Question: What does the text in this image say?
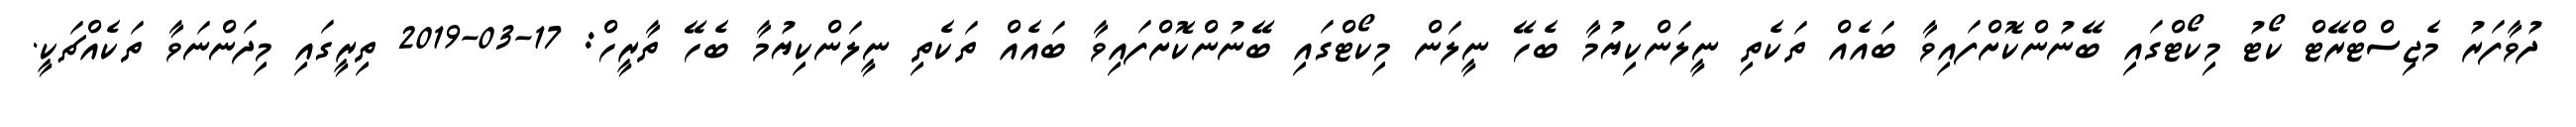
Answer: ދުވާފަރު މެޖިސްޓްރޭޓް ކޯޓު މިކޯޓްގައި ބޭނުންކޮށްފައިވާ ބައެއް ތަކެތި ނީލަންކިޔުމާ ބެހޭ ނީލަން މިކޯޓްގައި ބޭނުންކޮށްފައިވާ ބައެއް ތަކެތި ނީލަންކިޔުމާ ބެހޭ ތާރީހް: 17-03-2019 ތިރީގައި މިދަންނަވާ ތަކެއްޗަކީ.